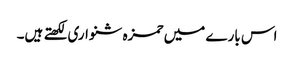
اس بارے میں حمزہ شنواری لکھتے ہیں۔